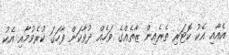
އެއާއި އެކު ކޮޓަރި ތެރެއިން ޒާތެއްގެ ވަހެއް ދުވާކަން ފާހަގަ ކުރެވުމާއި އެކު